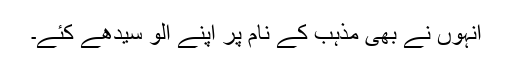
انہوں نے بھی مذہب کے نام پر اپنے اُلو سیدھے کئے۔